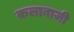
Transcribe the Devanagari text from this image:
क़लाबाज़ी